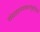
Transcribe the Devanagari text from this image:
संग्रहालयकलाकृतियों